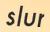
slur